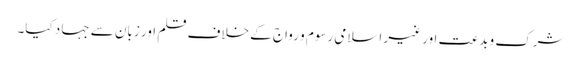
شرک وبدعت اور غیر اسلامی رسوم و رواج کے خلاف قلم اور زبان سے جہاد کیا۔